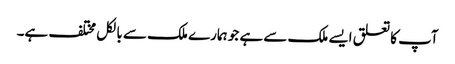
آپ کا تعلق ایسے ملک سے ہے جو ہمارے ملک سے بالکل مختلف ہے۔